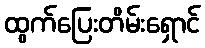
ထွက်ပြေးတိမ်းရှောင်